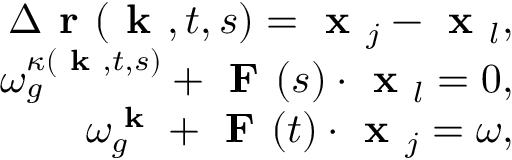
\begin{array} { r } { \Delta \textbf { r } ( \textbf { k } , t , s ) = \textbf { x } _ { j } - \textbf { x } _ { l } , } \\ { \omega _ { g } ^ { \kappa ( \textbf { k } , t , s ) } + \textbf { F } ( s ) \cdot \textbf { x } _ { l } = 0 , } \\ { \omega _ { g } ^ { \textbf { k } } + \textbf { F } ( t ) \cdot \textbf { x } _ { j } = \omega , } \end{array}